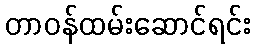
တာဝန်ထမ်းဆောင်ရင်း